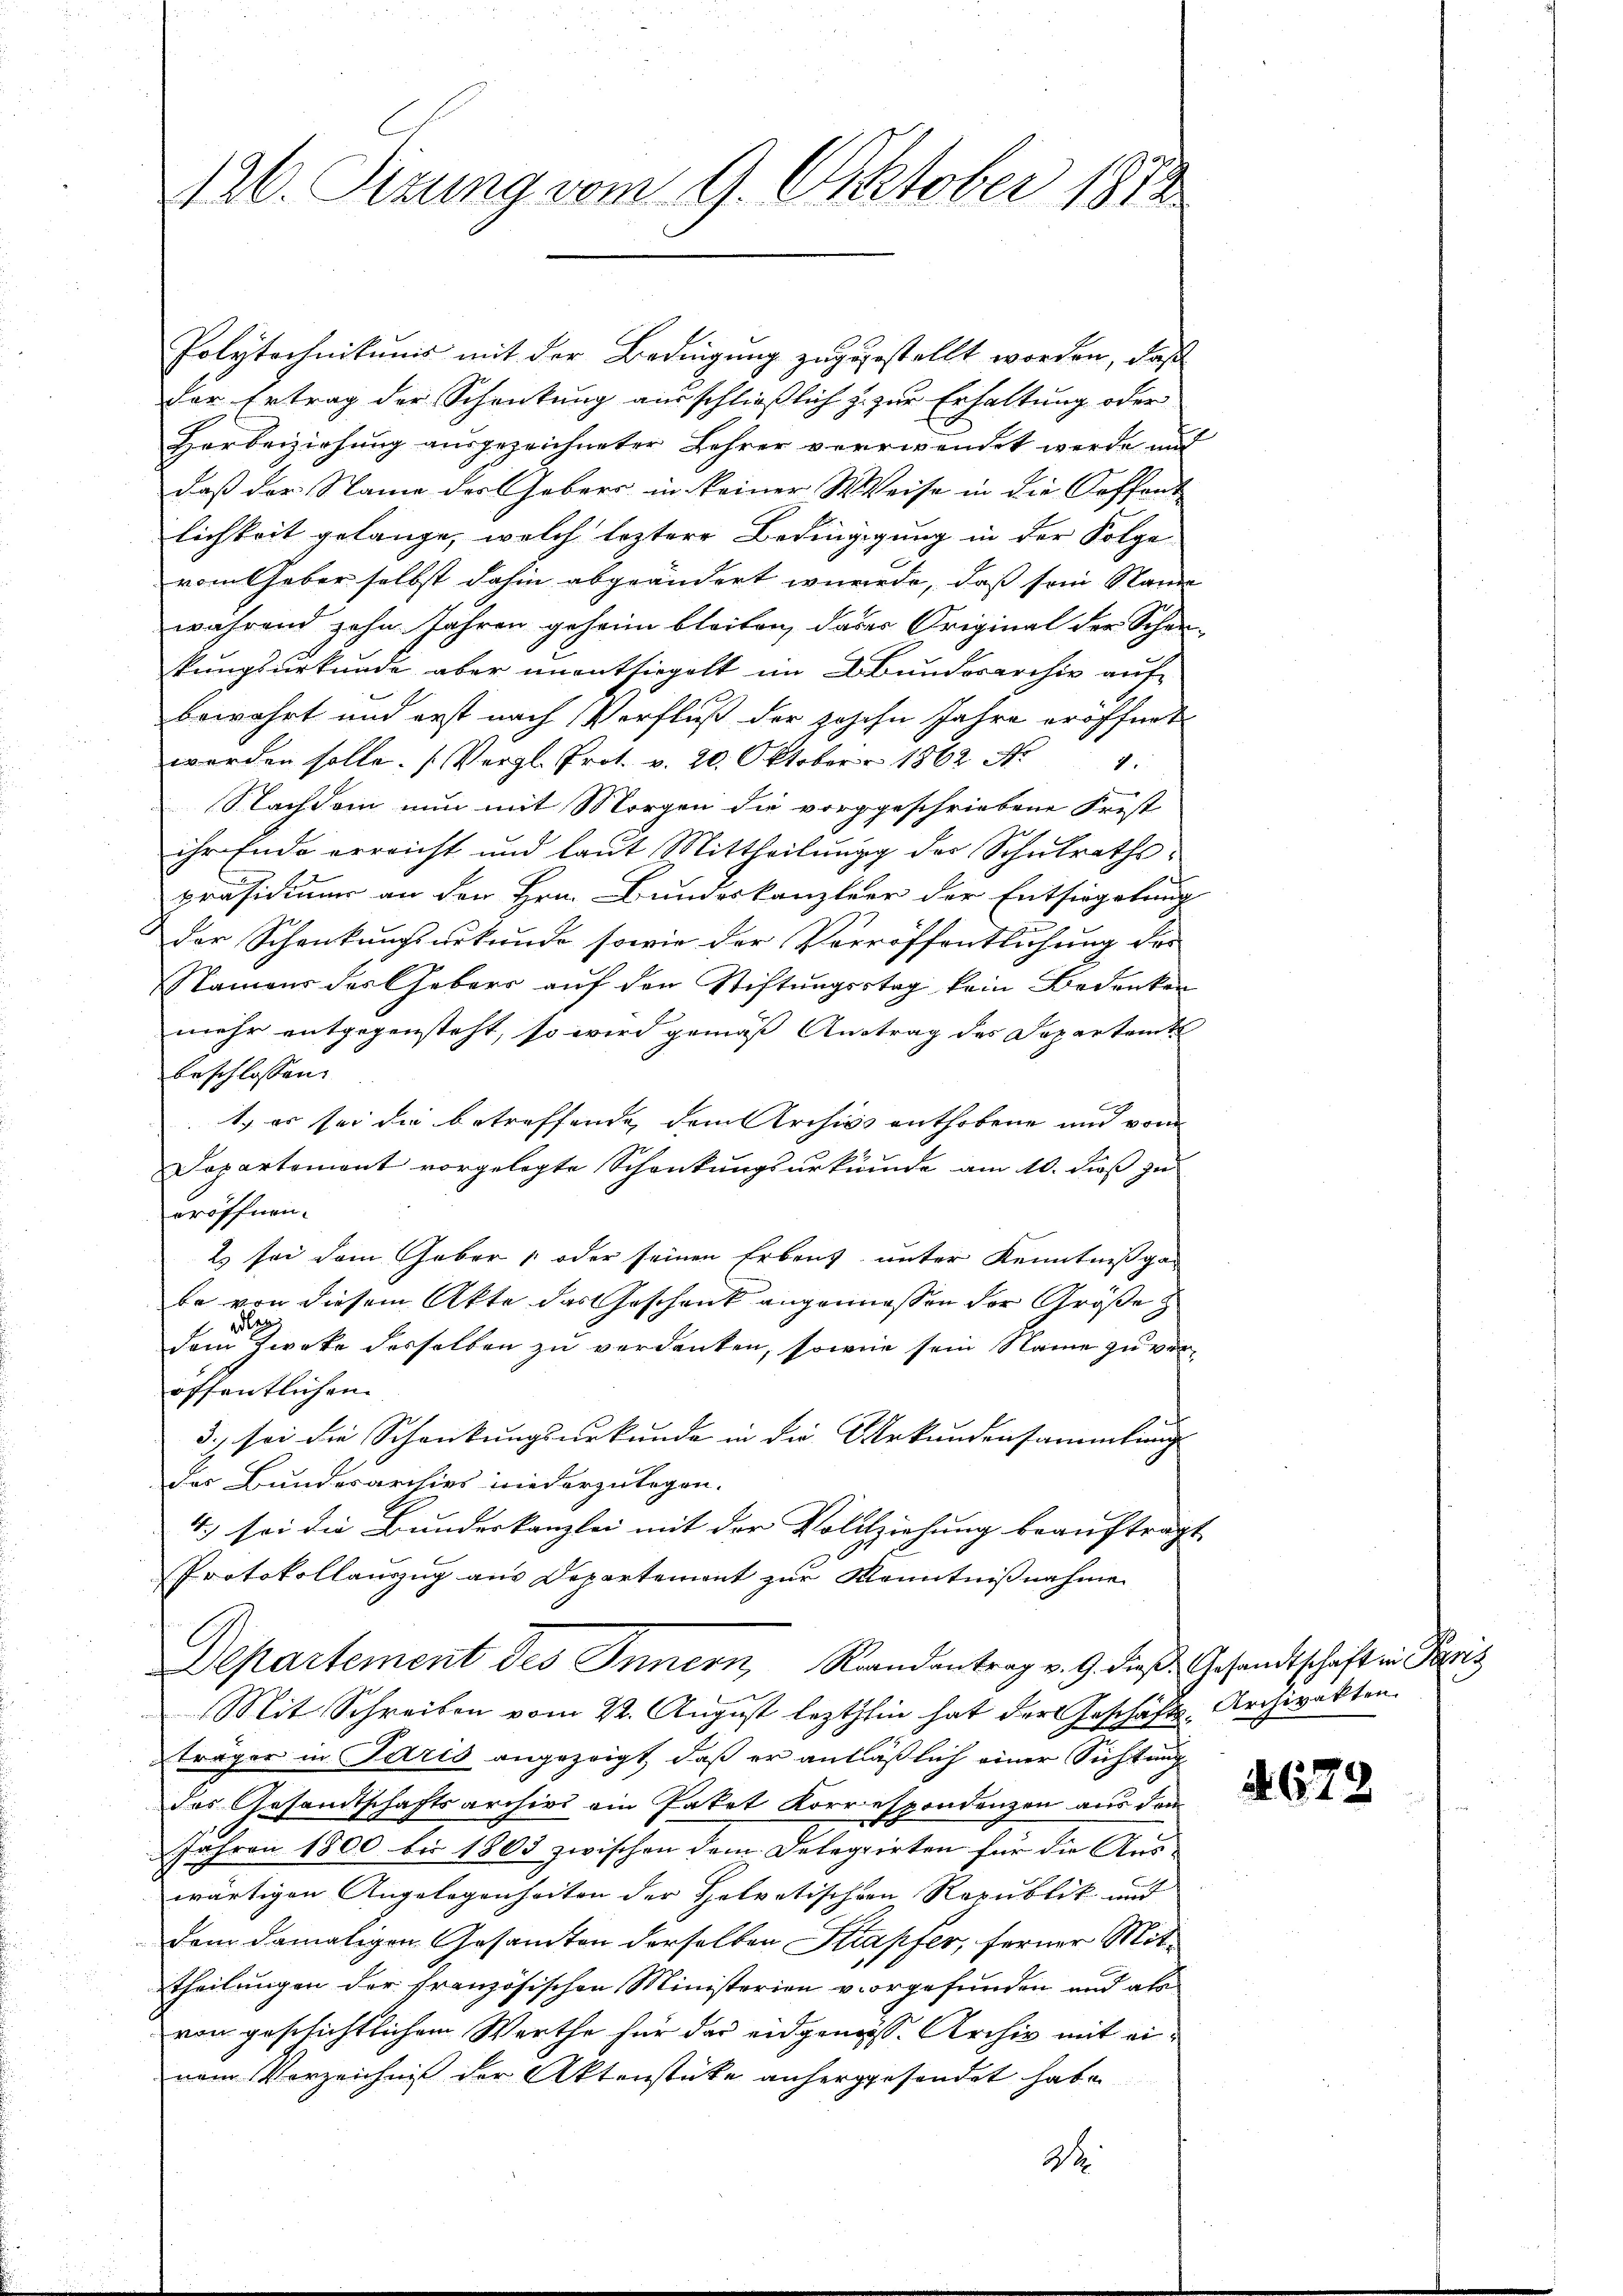
126. Sizung vom 9. Oktober 1870

Polytechnikums mit der Bedingung zugestellt worden, daß
der Ertrag der Schenkung ausschließlich zu zur Erhaltung oder
Herbeiziehung ausgezeichneter Lehrer verwendet werde und
daß der Name des Gebäre in keiner Weise in die Koffen-
lichkeit gelange, welch leztere Bedingigung in der Folge
vom aber selbst dahin abgeändert wurde, daß sein Name
während zehn Jahren geheim bleiben, daßes Original der Schan-
kungsurkunde aber unentsiegelt im Abunderarchiv auf
bewahrt und erst nach Verfluß der zohohn Jahre eröffnet
werden solle. (Vergl. Prot. v. 20. Oktober 1862 No 4.
Nachdem nun mit Morgen die vorgeschriebene Frist
ihr Ende erreicht und laut Mittheilung der Schulrathspräsidium an der Hrn. Bundeskanzleer der Entsiegelung
un
der Schenkungsurkunde sowie der Vorröffentlichung des
Namens des Gebers auf den Stiftungsstag kein Bedenken
mehr entgegensteht, so wird gemäß Austrag des Departamt
beschlossen:
t
1. es sei die betreffende dem Archivs enthobene und vom
Dopartement vorgelegte Schankungsurkunde am 10. diß zu
eröffnen.
Es sei dem Gebor oder seinen Erbaut unter Kenntnißga-
be von diesem Akte das Geschenk angeniessen der Größe z
dlag
f
dem Zwecke desselben zu verdanken, sowie sein Name zu veröffentlichen
5. sei die Schenkungsurkunde in die Urkundensammlung |
der Bundesarchivs niederzulegen.
4.) sei die Bundeskanzlei mit der Vollziehung beauftragt
Protokollanzug aus Departement zur Kenntnißnahme
Departement des Innern, Randantrag v. 9. diese Gesandtschaft ein Paris
Mit Schreiben vom 22. August lezthin hat der Geschäfts-Archivakten.
träger in Paris angezeigt, daß er anläßlich einer Sichtung
das Gesandtschaftsarchivs ein Paket Korrespondenzen aus dem
Jahren 1800 bis 1803 zwischen dem Delegirten für die Aus-
wärtigen Angelegenheiten der Helvetischen Republik und
dem damaligen Gesamten derselben Strapfer, ferner Mittheilungen der französischen Ministerien vorgefunden und als
von geschichtlichem Werthe für das eidgenöss. Archiv mit eivem Vorzeichnis der Aktenstücke anhergesendet habe
2

4672